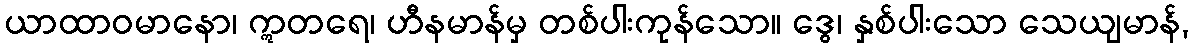
ယာထာဝမာနော၊ ဣတရေ၊ ဟီနမာန်မှ တစ်ပါးကုန်သော။ ဒွေ၊ နှစ်ပါးသော သေယျမာန်,